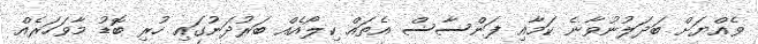
ވެއްޔަށް ބަދަލުނުވާނެ ކަމާއި ފަންސާސް އެތައް ކިލޯއެއް ބަރުދަނުގައި ހުރި ބޮޑު މާވަހަރެއް